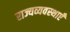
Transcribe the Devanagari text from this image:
राज्यव्यवस्थाएँ